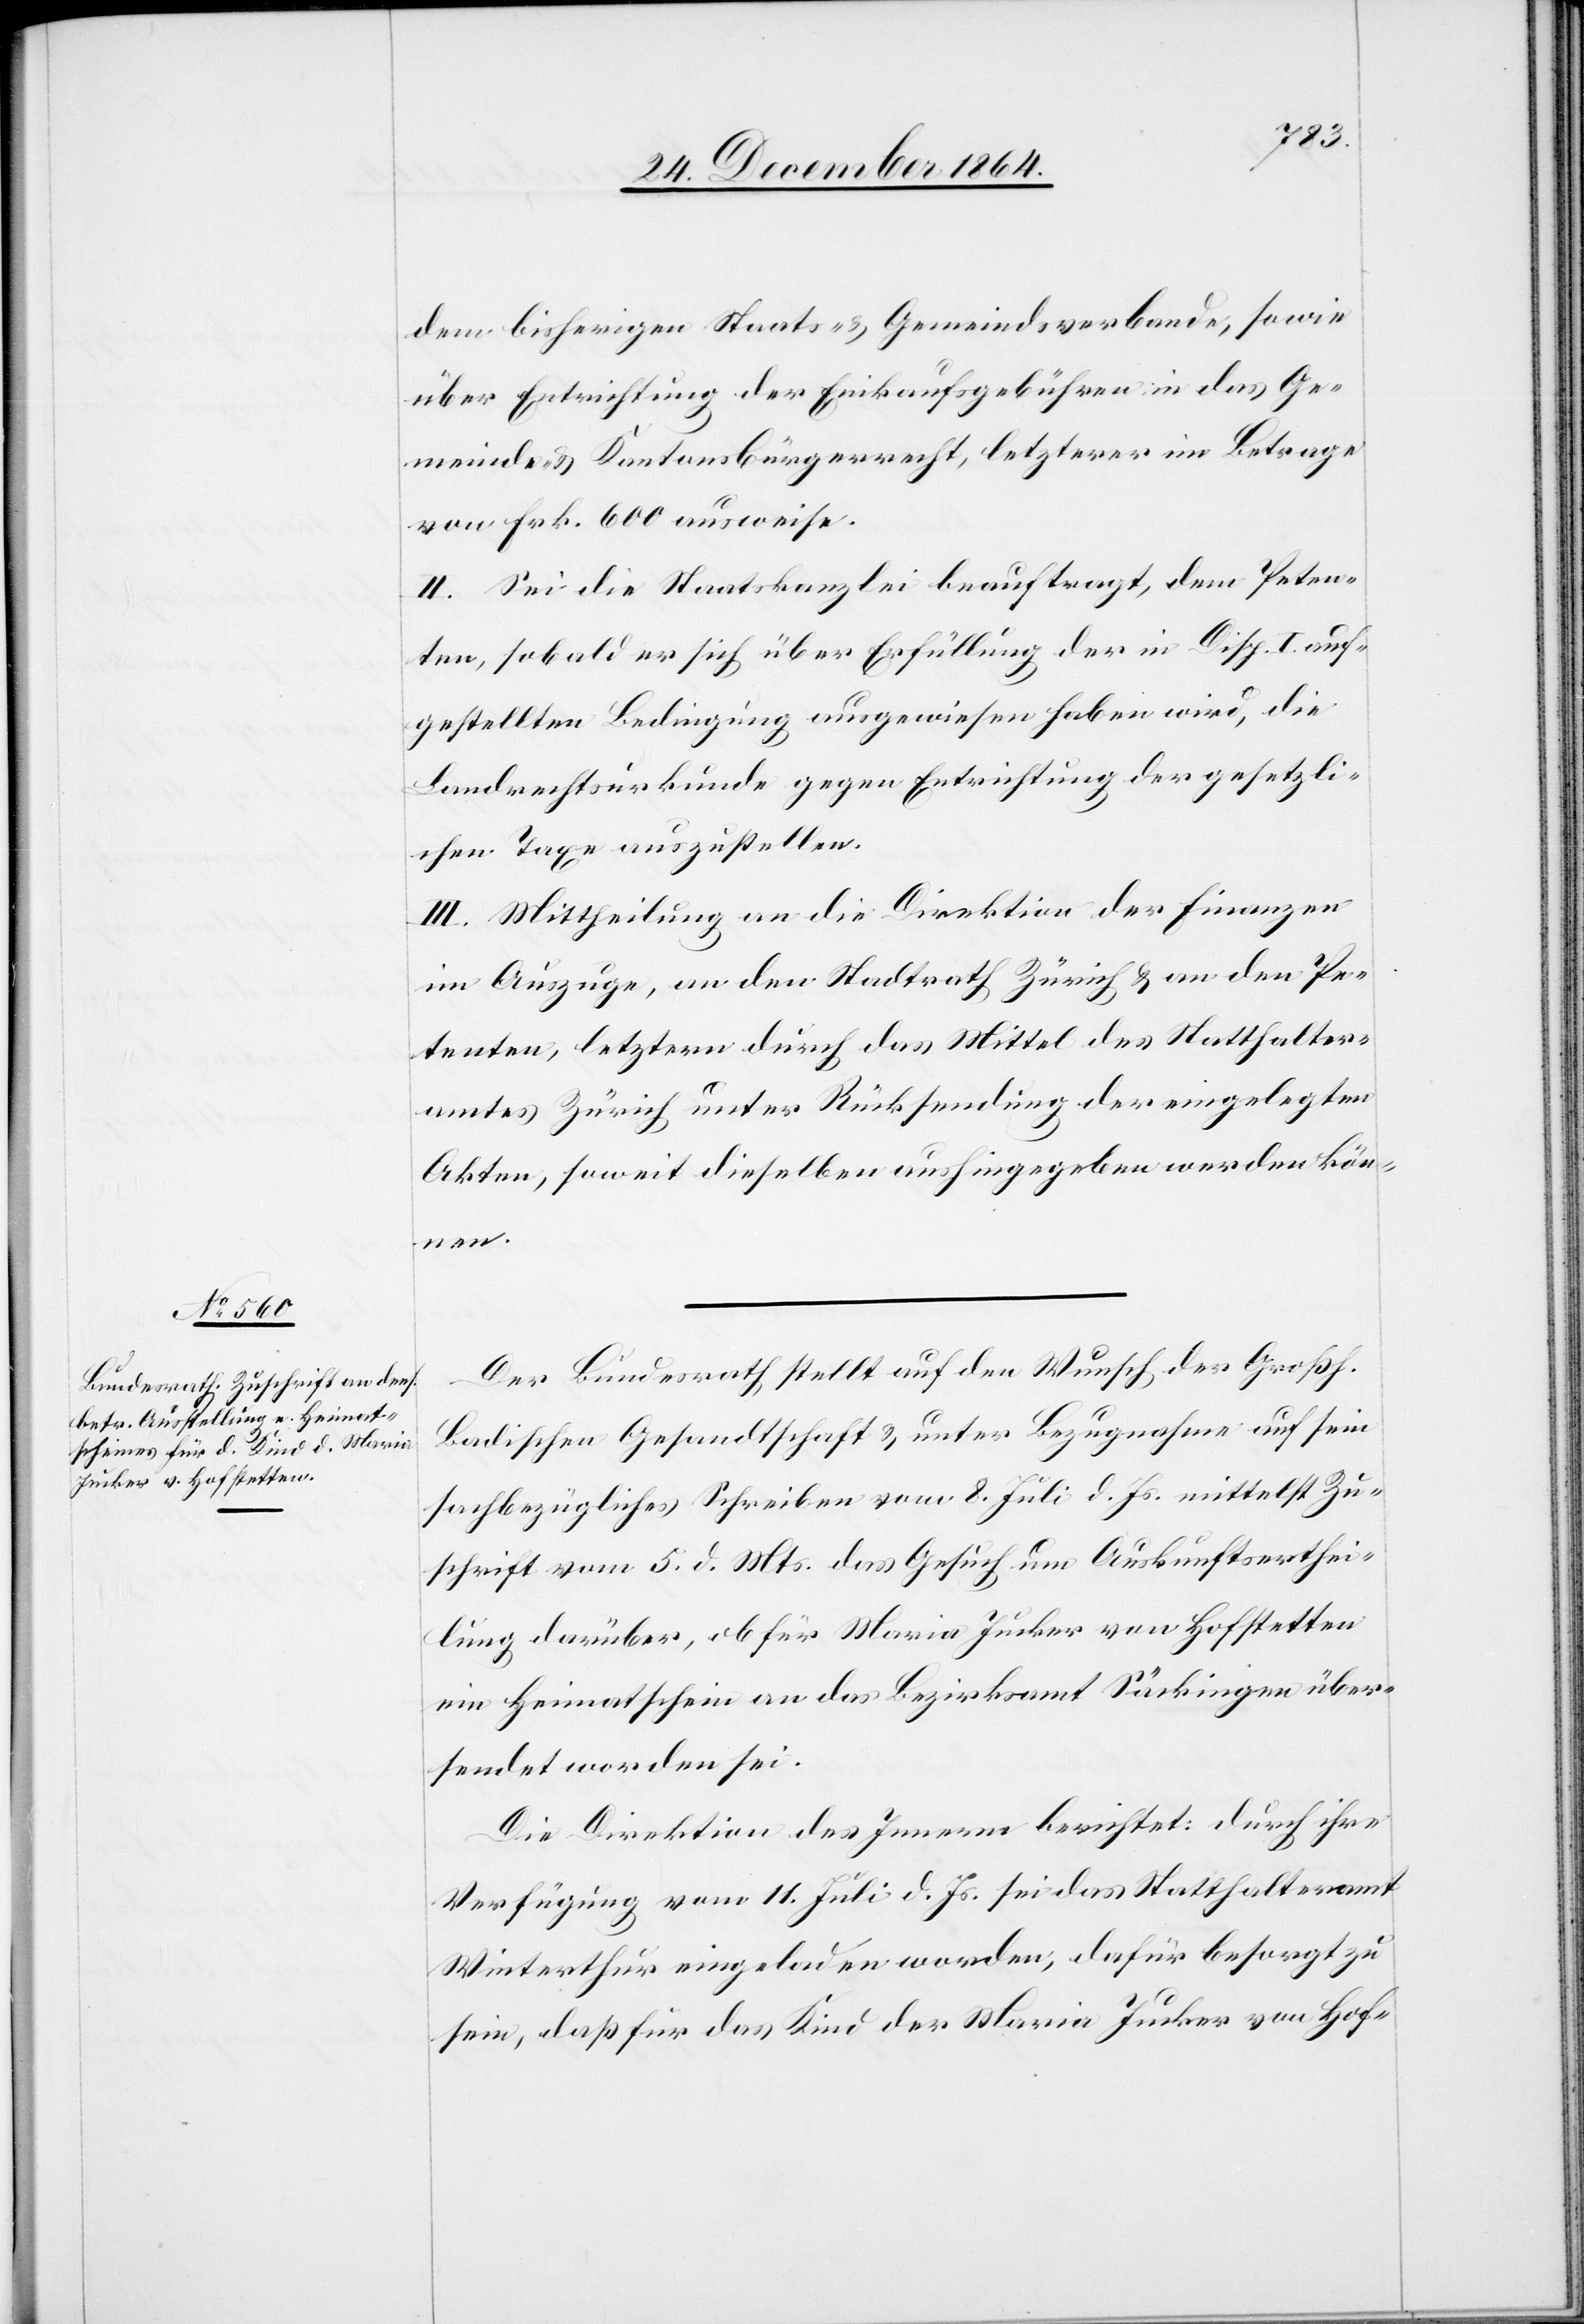
dem bisherigen Staats- & Gemeindsverbande, sowie
über Entrichtung der Einkaufsgebühren in das Ge¬
meinde- & Kantonsbürgerrecht, letzterer im Betrage
von Frk. 600 ausweise.
II. Sei die Staatskanzlei beauftragt, dem Peten¬
ten, sobald er sich über Erfüllung der in Disp. I auf¬
gestellten Bedingung ausgewiesen haben wird, die
Landrechtsurkunde gegen Entrichtung der gesetzli¬
chen Taxe auszustellen.
III. Mittheilung an die Direktion der Finanzen
im Auszuge, an den Stadtrath Zürich & an den Pe¬
tenten, letztern durch das Mittel des Statthalter¬
amtes Zürich unter Rücksendung der eingelegten
Akten, soweit diese aushingegeben werden kön¬
nen.
Der Bundesrath stellt auf den Wunsch der Großh.
Badischen Gesandtschaft & unter Bezugnahme auf sein
sachbezügliches Schreiben vom 8. Juli d. Js. mittelst Zu¬
schrift vom 5. d. Mts. das Gesuch um Auskunftserthei¬
lung darüber, ob für Maria Jucker von Hofstetten
ein Heimatschein an das Bezirksamt Säckingen über¬
sendet worden sei.
Die Direktion des Innern berichtet: Durch ihre
Verfügung vom 11. Juli d. Js. sei das Statthalteramt
Winterthur eingeladen worden, dafür besorgt zu
sein, daß für das Kind der Maria Jucker von Hof-